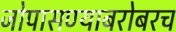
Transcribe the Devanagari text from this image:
जोपासण्याबरोबरच